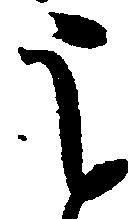
う